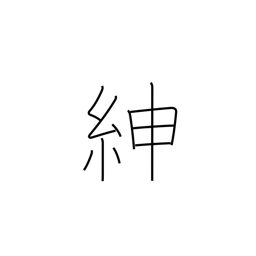
Meaning: good belt